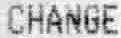
CHANGE